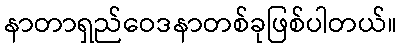
နာတာရှည်ဝေဒနာတစ်ခုဖြစ်ပါတယ်။